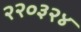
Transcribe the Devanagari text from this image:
२२०३२४